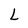
Character: L